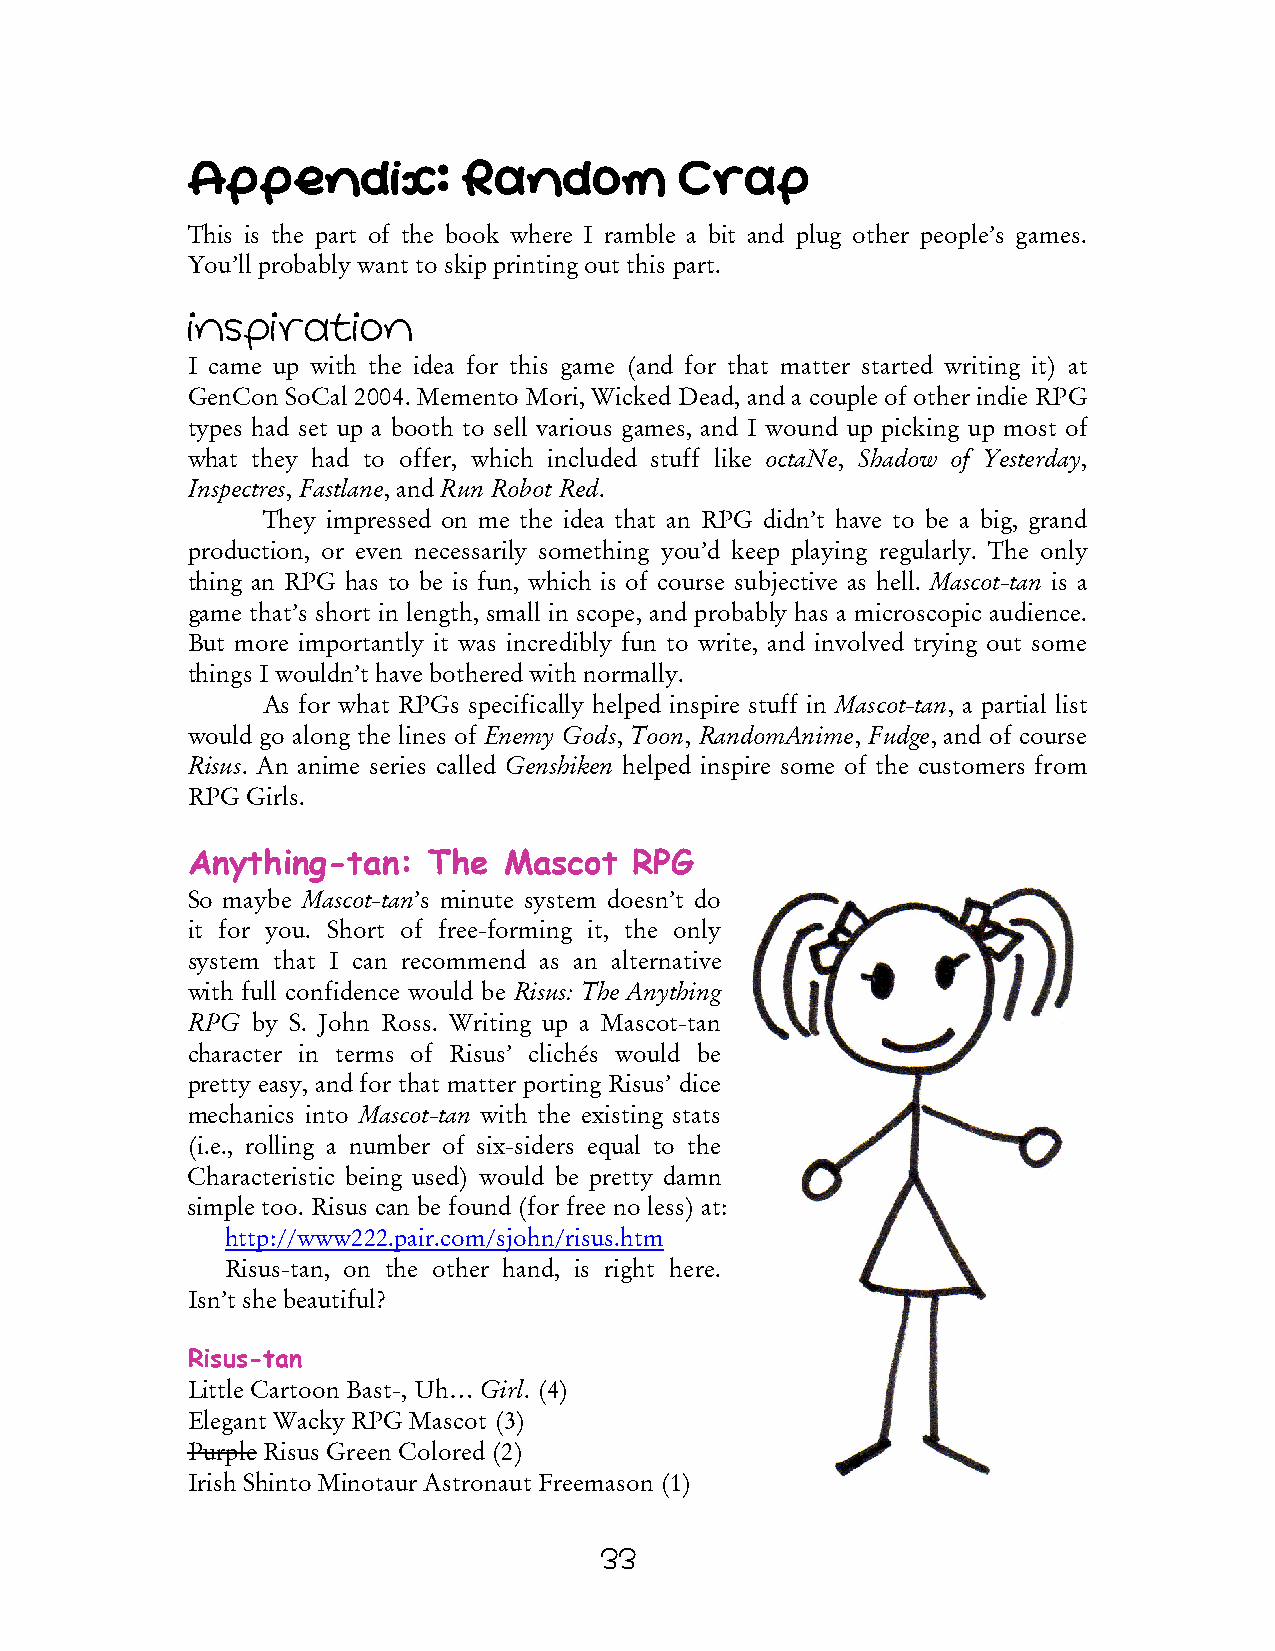
Appendix:          Random        Crap
 This is the part of the book where I ramble a bit and plug other people’s games.
 You’ll probably want to skip printing out this part.
 Inspiration
 I came up with the idea for this game (and for that matter started writing it) at
 GenCon SoCal 2004. Memento Mori, Wicked Dead, and a couple of other indie RPG
 types had set up a booth to sell various games, and I wound up picking up most of
 what they had to offer, which included stuff like octaNe, Shadow of Yesterday,
 Inspectres, Fastlane, and Run Robot Red.
 They impressed on me the idea that an RPG didn’t have to be a big, grand
 production, or even necessarily something you’d keep playing regularly. The only
 thing an RPG has to be is fun, which is of course subjective as hell. Mascot-tan is a
 game that’s short in length, small in scope, and probably has a microscopic audience.
 But more importantly it was incredibly fun to write, and involved trying out some
 things I wouldn’t have bothered with normally.
 As for what RPGs specifically helped inspire stuff in Mascot-tan, a partial list
 would go along the lines of Enemy Gods, Toon, RandomAnime, Fudge, and of course
 Risus. An anime series called Genshiken helped inspire some of the customers from
 RPG Girls.
 Anything-tan:   The  Mascot   RPG
 So maybe Mascot-tan’s minute system doesn’t do
 it for you. Short of free-forming it, the only
 system that I can recommend as an alternative
 with full confidence would be Risus: The Anything
 RPG  by S. John Ross. Writing up a Mascot-tan
 character in terms of Risus’ clichés would be
 pretty easy, and for that matter porting Risus’ dice
 mechanics into Mascot-tan with the existing stats
 (i.e., rolling a number of six-siders equal to the
 Characteristic being used) would be pretty damn
 simple too. Risus can be found (for free no less) at:
 http://www222.pair.com/sjohn/risus.htm
 Risus-tan, on the other hand, is right here.
 Isn’t she beautiful?
 Risus-tan
 Little Cartoon Bast-, Uh… Girl. (4)
 Elegant Wacky RPG Mascot (3)
 Purple Risus Green Colored (2)
 Irish Shinto Minotaur Astronaut Freemason (1)
 33